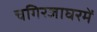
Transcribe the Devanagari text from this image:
चगिरजाघरमें